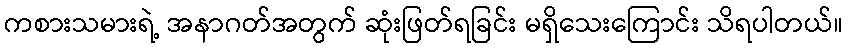
ကစားသမားရဲ့ အနာဂတ်အတွက် ဆုံးဖြတ်ရခြင်း မရှိသေးကြောင်း သိရပါတယ်။